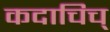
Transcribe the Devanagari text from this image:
कदाचिच्